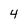
Character: 4